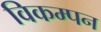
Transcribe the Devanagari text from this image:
विकम्पन